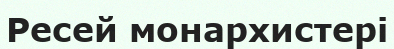
Ресей монархистері